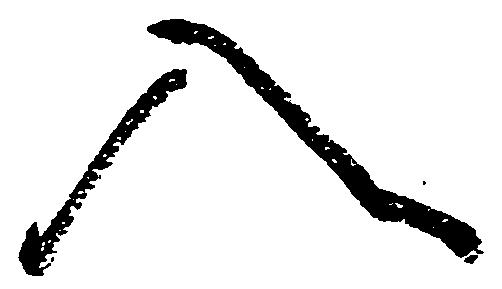
入